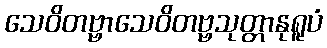
သေဝိတဗ္ဗာသေဝိတဗ္ဗသုတ္တာနုရူပံ